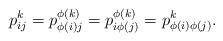
LaTeX: \begin{align*}p^k_{i j} = p^{\phi(k)}_{\phi(i) j} = p^{\phi(k)}_{i \phi( j)} = p^k_{\phi(i) \phi(j)}. \end{align*}